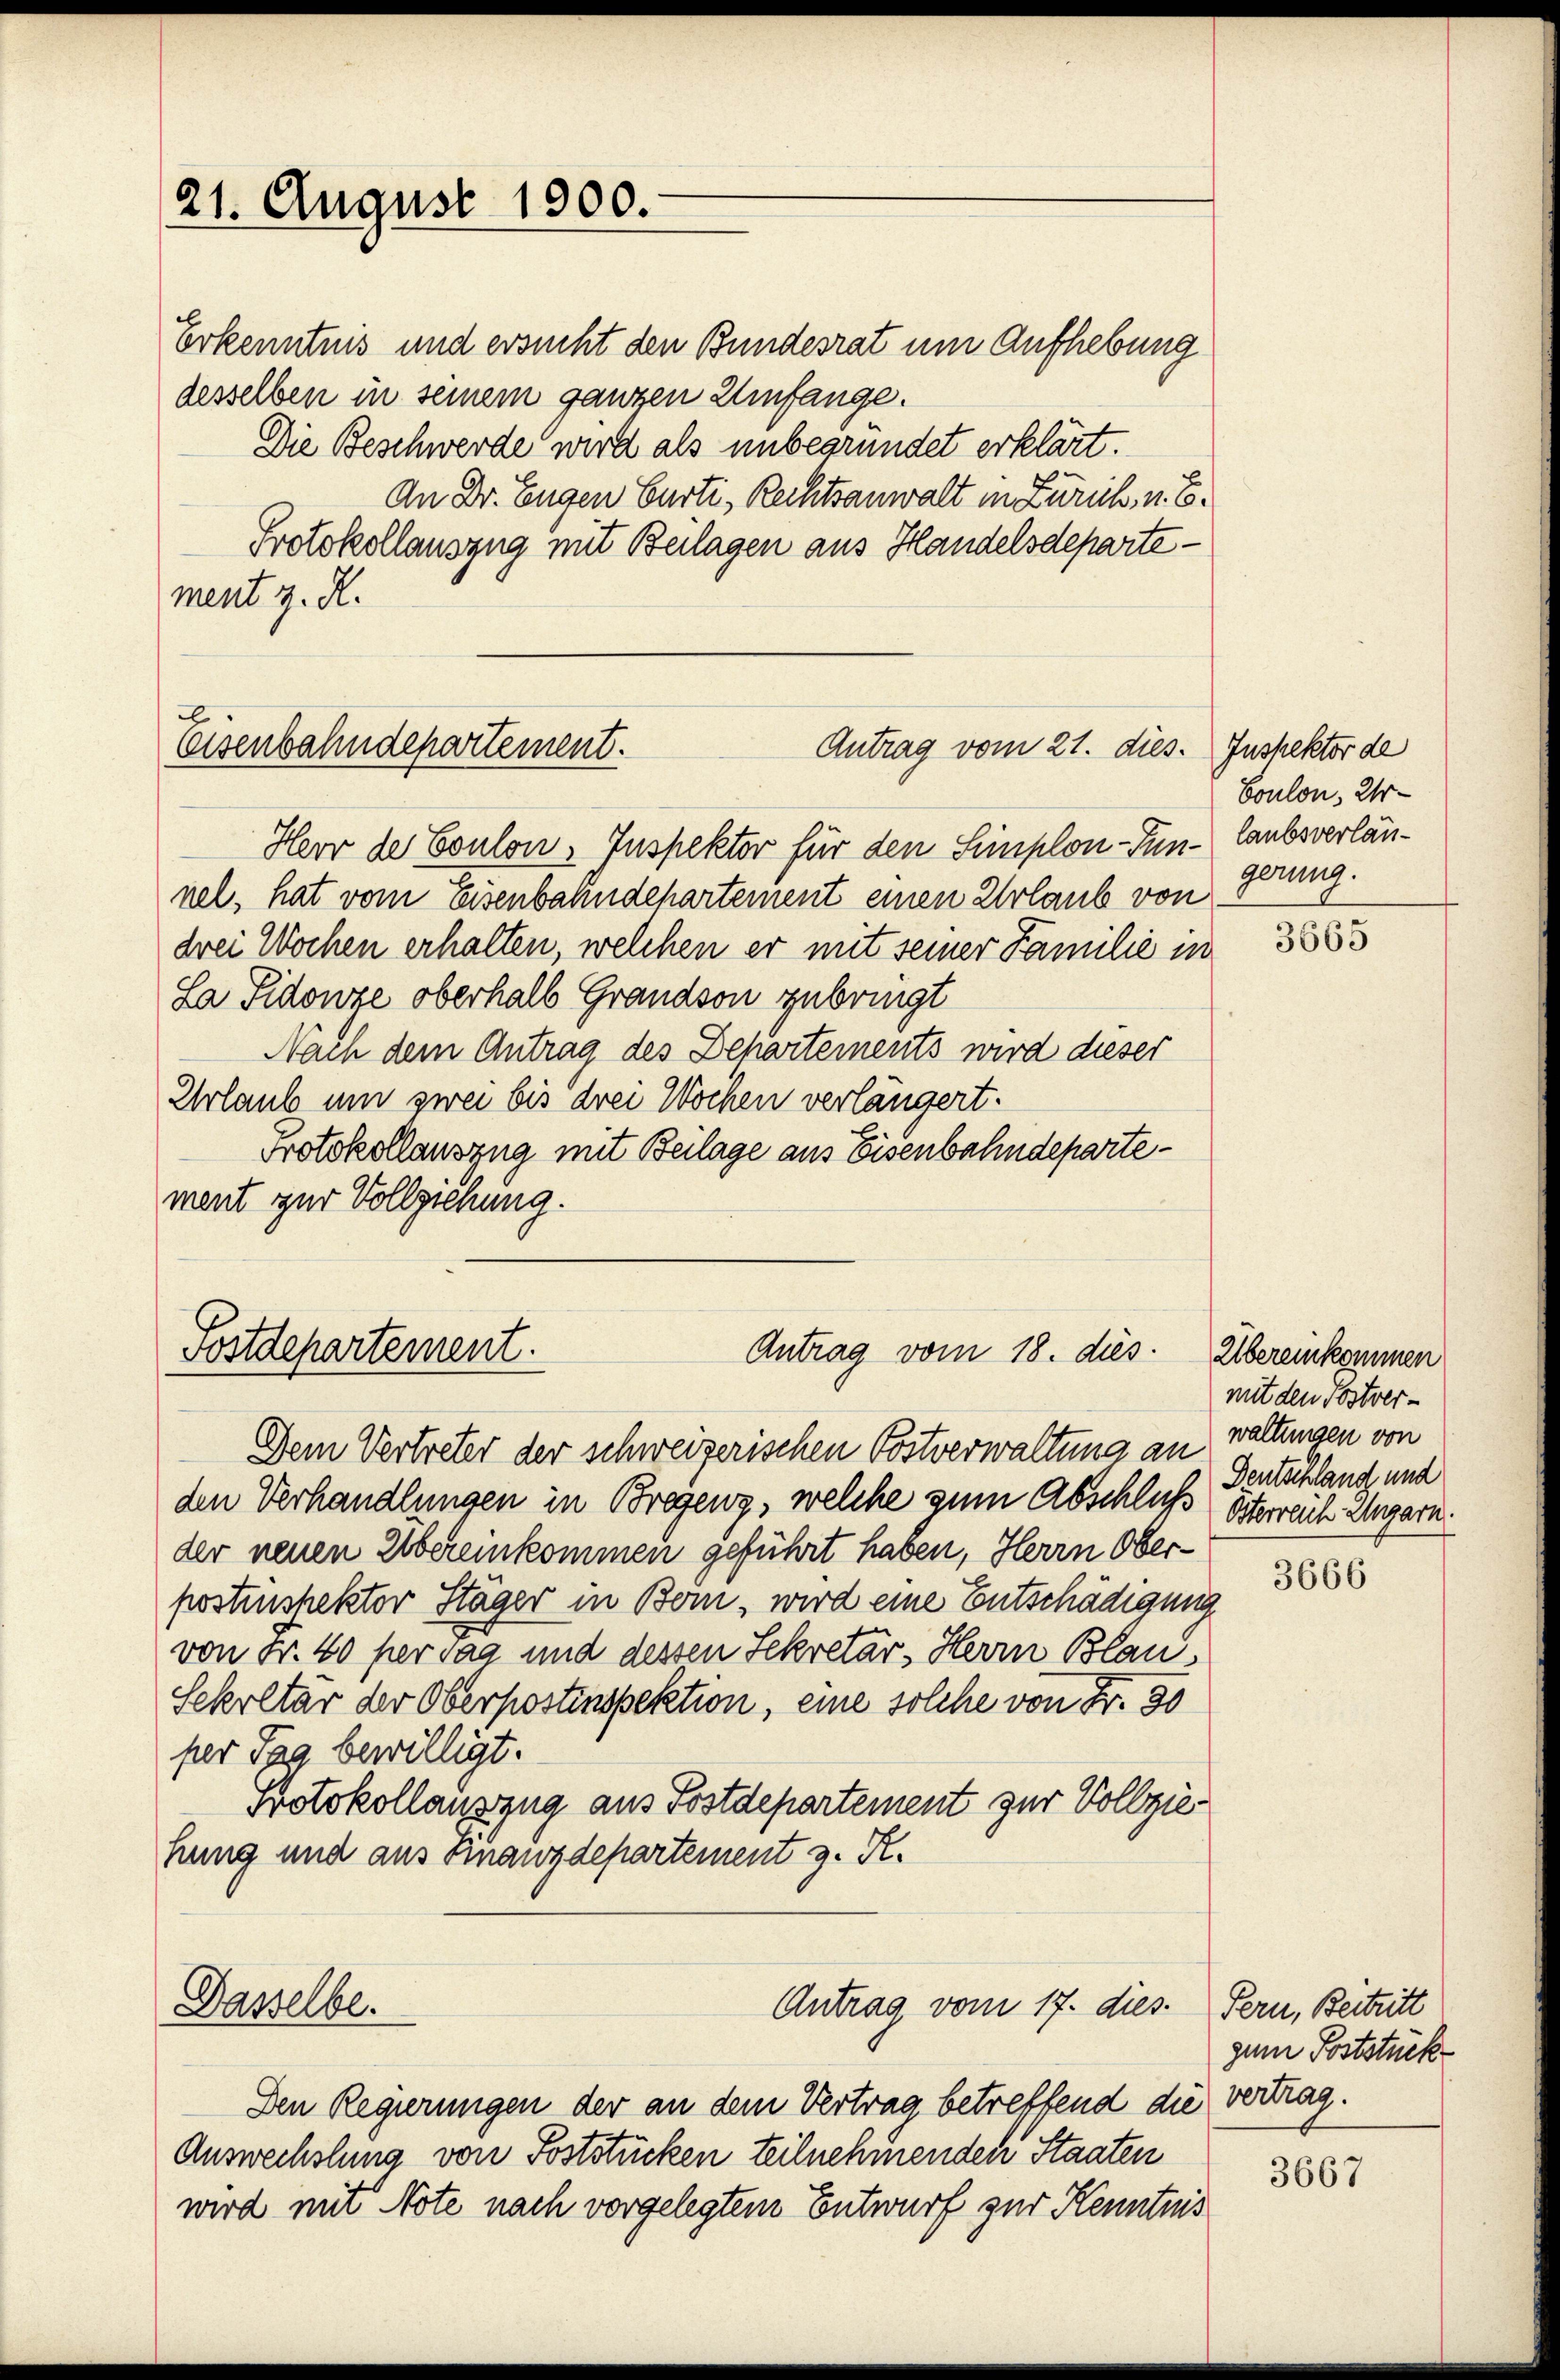
21. August 1900.

Erkenntnis und ersucht den Bundesrat um Aufhebung
desselben in seinem ganzen Umfange.
Die Beschwerde wird als unbegründet erklärt.
An Dr. Eugen Curti, Rechtsanwalt in Zürich, u. B.
Protokollauszug mit Beilagen aus Handelsdepartement z. R.

Antrag vom 21. dies
Eisenbahndepartement.

Postdepartement.
Antrag vom 18. dies

Dasselbe.

Antrag vom 17. dies. Pern, Beitritt

Herr der Eoulon, Inspektor für den Simplon-Tun-laubsverlännel, hat vom Eisenbahndepartement einen Urlaub von
drei Wochen erhalten, welchen er mit seiner Familie in
La Pidonze oberhalb Grandson zubringt
Nach dem Antrag des Behartements wird dieser
Urlaub um zwei bis drei Wochen verlängert.
Protokollauszug mit Beilage aus Eisenbahndepartement zur Vollziehung.

Dem Vertreter der schweizerischen Postverwaltung an waltungen von
den Verhandlungen in Bregenz, welche zum Abschluß Österreich Ungarn.
der neuen Übereinkommen geführt haben, Herrn Oberpostenspektor Stäger in Bern, wird eine Entschädigung
von Fr. 40 per Tag und dessen Sekretär, Herrn Blau,
Sekretär der Oberpostinspektion, eine solche von Fr. 30
per Tag bewilligt.
Protokollauszug aus Postdepartement zur Vollziehung und aus Finanzdepartement z. R.

Den Regierungen der an dem Vertrag betreffend die vertrag.
Auswechslung von Poststücken teilnehmenden Staaten
wird mit Note nach vorgelegtem Entwurf zur Kenntnis

Inspektor de
Coulon, Urgerung.

3665

Übereinkommen
mit den Postver-
Dentschland und

3666

gum Poststück

3667